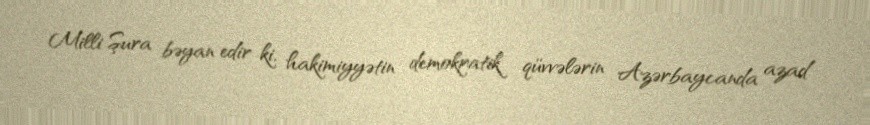
Milli Şura bəyan edir ki, hakimiyyətin demokratik qüvvələrin Azərbaycanda azad